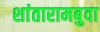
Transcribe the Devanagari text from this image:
शांतारामबुवा